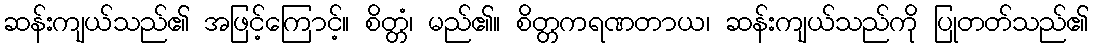
ဆန်းကျယ်သည်၏ အဖြင့်ကြောင့်။ စိတ္တံ၊ မည်၏။ စိတ္တကရဏတာယ၊ ဆန်းကျယ်သည်ကို ပြုတတ်သည်၏